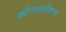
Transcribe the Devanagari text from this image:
कॉन्स्टलेशन्स